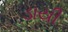
ડાયી